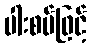
ပါးစပ်ဖြင့်